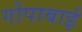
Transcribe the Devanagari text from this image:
गोपाबाई